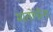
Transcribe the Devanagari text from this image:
मातोश्रीना